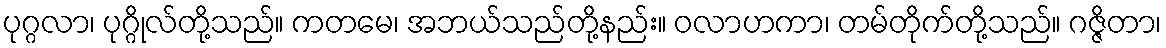
ပုဂ္ဂလာ၊ ပုဂ္ဂိုလ်တို့သည်။ ကတမေ၊ အဘယ်သည်တို့နည်း။ ဝလာဟကာ၊ တမ်တိုက်တို့သည်။ ဂဇ္ဇိတာ၊